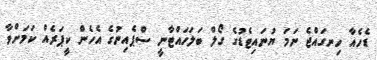
ޑެހެއާ ހިނގައްޖެ ނަމަ ޔުނައިޓެޑުގެ ގޯލް ބަލަހައްޓާނީ ސްޕެއިނުގެ އެހެން ކީޕަރެއް ކަމަށްވާ